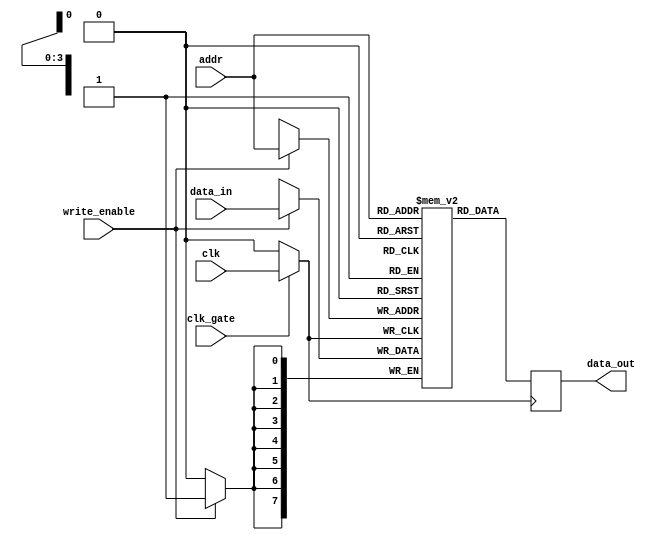
module clock_gated_memory (
    input wire clk,            // Main clock input
    input wire clk_gate,      // Clock gating control signal
    input wire [7:0] data_in, // Data input for memory
    input wire [3:0] addr,    // Address input for memory
    input wire write_enable,   // Write enable signal
    output reg [7:0] data_out  // Data output from memory
);

    // Memory array
    reg [7:0] memory [0:15];  // Example: 16 x 8-bit memory

    // Gated clock generation using a simple clock gating technique
    wire gated_clk;

    // Transmission gate modeling
    assign gated_clk = clk_gate ? clk : 1'b0;

    // Memory operation
    always @(posedge gated_clk) begin
        if (write_enable) begin
            memory[addr] <= data_in; // Write operation
        end
        data_out <= memory[addr]; // Read operation
    end

endmodule